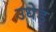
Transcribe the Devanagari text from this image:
उधेड